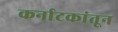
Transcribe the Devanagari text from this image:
कर्नाटकांतून